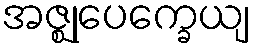
အဇ္ဈုပေက္ခေယျ